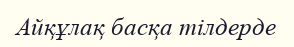
Айқұлақ басқа тілдерде